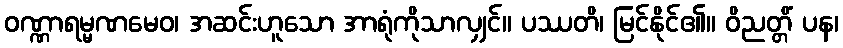
ဝဏ္ဏာရမ္မဏမေဝ၊ အဆင်းဟူသော အာရုံကိုသာလျှင်။ ပဿတိ၊ မြင်နိုင်၏။ ဝိညတ္တိံ ပန၊